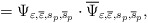
\begin{align*}=\Psi _{\varepsilon ,\overline{\varepsilon},s_p,\overline{s}_p}\cdot \overline{\Psi }_{\varepsilon,\overline{\varepsilon },s_p,\overline{s}_p} ,\end{align*}